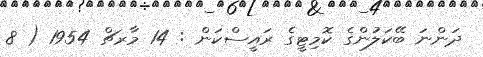
ދަންނަ ބޭކަލުންގެ ކޮމިޓީގެ ރައީސްކަން : 14 މާރޗް 1954 ( 8